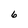
Character: 6